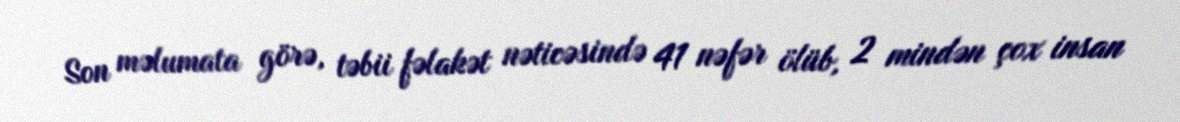
Son məlumata görə, təbii fəlakət nəticəsində 41 nəfər ölüb, 2 mindən çox insan